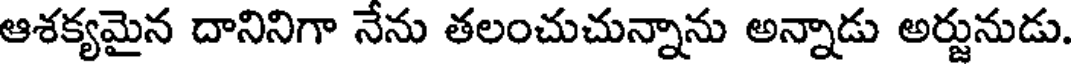
ఆశక్యమైన దానినిగా నేను తలంచుచున్నాను అన్నాడు అర్జునుడు.